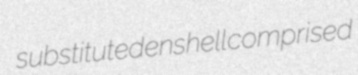
substituted enshell comprised